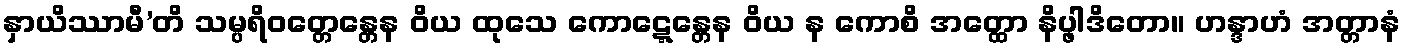
နှာယိဿာမီ’တိ သမ္ပရိဝတ္တေန္တေန ဝိယ ထုသေ ကောဋ္ဋေန္တေန ဝိယ န ကောစိ အတ္ထော နိပ္ဖါဒိတော။ ဟန္ဒာဟံ အတ္တာနံ